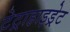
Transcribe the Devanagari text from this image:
टेट्राहाइड्रेट